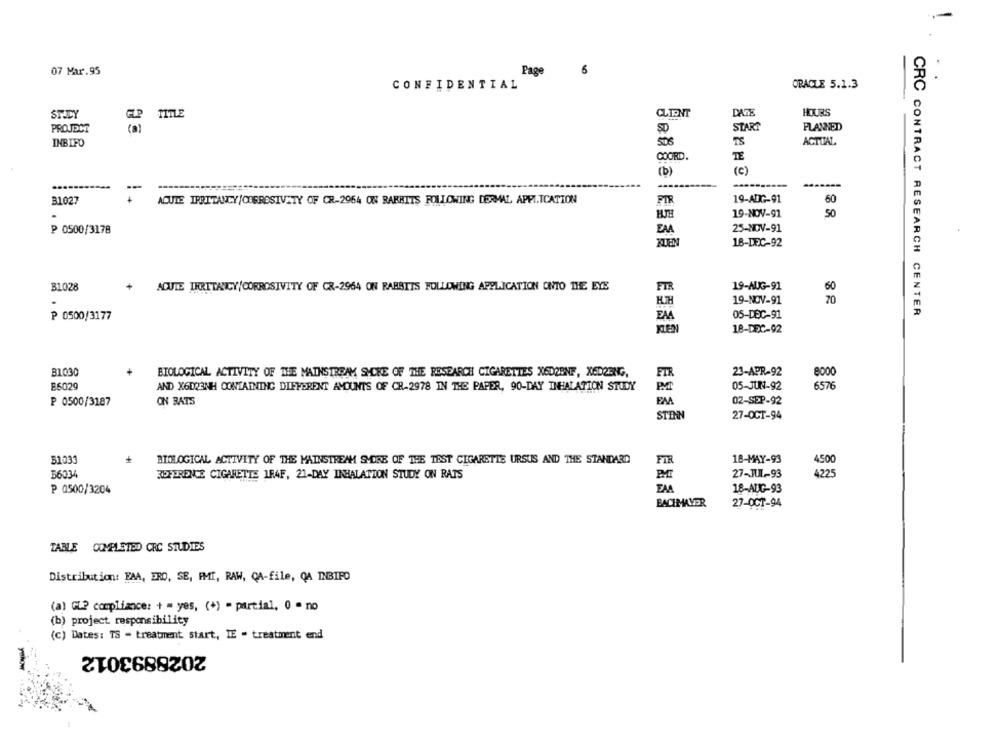
-
07 Mar.95
Page
6
CONFIDENTIAL
ORACLE 5.1.3
CLIENT
DATE
HOURS
STACY
PROJECT
START
PLANNED
(a)
SD
TS
ACTUAL
INBIFO
TE
COORD.
(c)
(b)
.......
-
B1027
ACUTE IRRITANCY/CORROSIVITY OF CR-2964 ON RABBITS FOLLOWING DERMAL APPLICATION
FIR
19-AUG-91
60
HJH
19-NOV-91
50
₱ 0500/3178
EMA
25-NOV-91
KLEN
18-DEC-92
31028
ACUTE IRRITANCY/CORROSIVITY OF CR-2964 ON RABBITS FOLLOWING APPLICATION ONTO THE EYE
FIR
19-AUG-91
60
19-NOV-91
70
₱ 0500/3177
EM
05-DEC-91
CRC CONTRACT RESEARCH CENTER
KEN
18-DEC-92
B1030
23-APR-92
BIOLOGICAL ACTIVITY OF THE MAINSTREAM SHOKE OF THE RESEARCH CIGARETTES X6DORNF, XED23NG,
FTR
800
B6029
05-JUN-92
6576
AND X6D23NH CONTAINING DIFFERENT AMOUNTS OF CR-2978 IN THE PAPER, 90-DAY INHALATION STUDY
ON BATS
EM
02-SEP-92
₽ 0500/3187
STEN
27-OCT-94
31.033
BIOLOGICAL ACTIVITY OF THE MAINSTREAM SMORE OF THE TEST CIGARETTE URSUS AND THE STANDARD
18-MAY-93
FIR
56334
27-JUL-93
4500
REFERENCE CIGARETTE 1R4F, 21-DAY INHALATION STUDY ON RATS
P 0500/3204
EMA
18-AUG-93
BACHMAVER
27-OCT-94
TABLE COMPLETED CRC STUDIES
Distribution: EAA, ERO, SE, FMI, RAW, CA-file, QA INBIFO
(a) GL? compliance: + = yes, (+) - partial, 0 - no
(b) project. responsibility
(c) Dates: TS - treatment start, IE = treatment end
2028893012